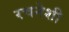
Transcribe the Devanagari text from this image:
रचनेशी